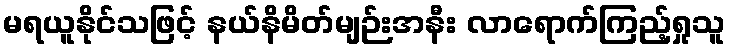
မရယူနိုင်သဖြင့် နယ်နိမိတ်မျဉ်းအနီး လာရောက်ကြည့်ရှုသူ